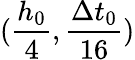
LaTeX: (\frac{h_{0}}{4},\frac{\Delta t_{0}}{16})